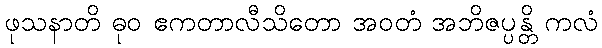
ဖုသနာတိ ဓုဝ ဧကတာလီသိတော အဝတံ အဘိဇပ္ပန္တိ ကလံ